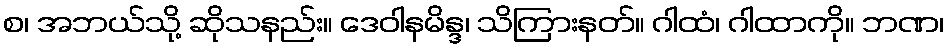
စ၊ အဘယ်သို့ ဆိုသနည်း။ ဒေဝါနမိန္ဒ၊ သိကြားနတ်။ ဂါထံ၊ ဂါထာကို။ ဘဏ၊